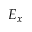
E _ { x }